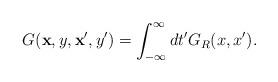
LaTeX: \begin{align*}G({\bf x},y,{\bf x}',y') = \int_{-\infty}^{\infty} dt' G_R(x,x').\end{align*}